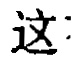
这